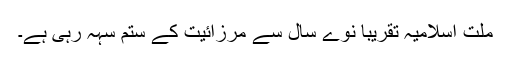
ملت اسلامیہ تقریباً نوے سال سے مرزائیت کے ستم سہہ رہی ہے۔